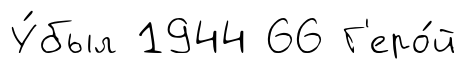
У́был 1944 66 Г'еро́й